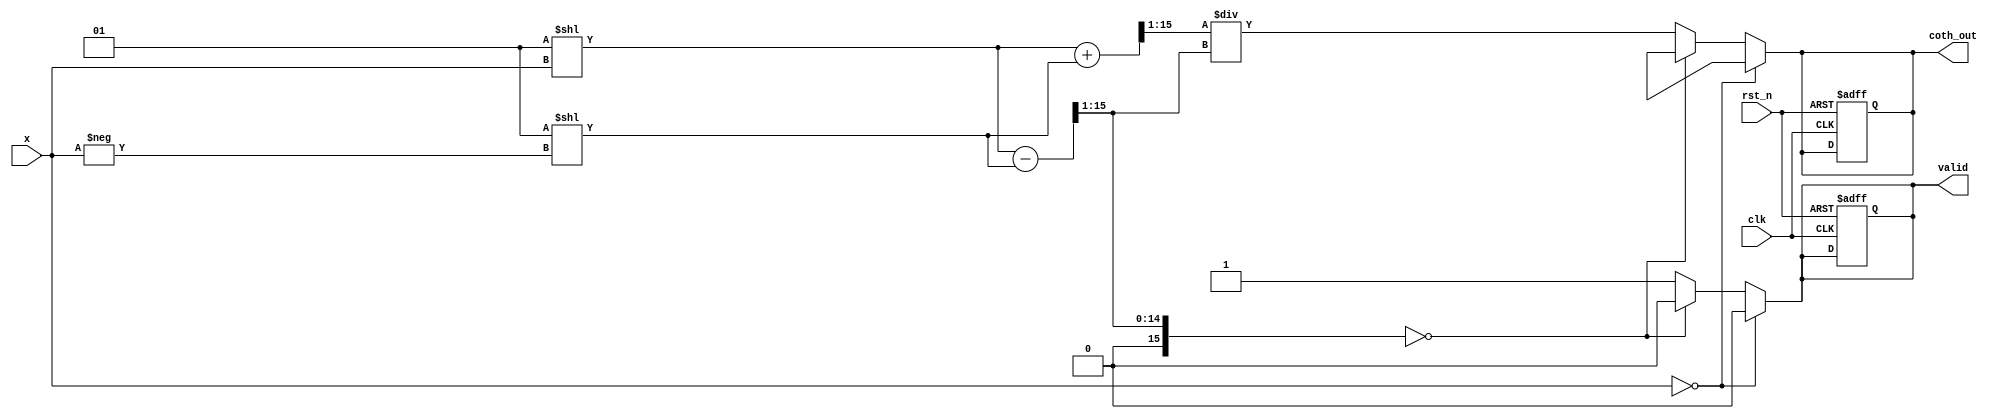
module hyperbolic_cotangent #(
    parameter N = 16, // Input width
    parameter M = 16  // Output width
)(
    input wire clk,
    input wire rst_n,
    input wire [N-1:0] x, // Input value
    output reg [M-1:0] coth_out, // Output value
    output reg valid // Output valid signal
);

    // Internal signals
    wire [N-1:0] exp_x;
    wire [N-1:0] exp_neg_x;
    wire [N-1:0] cosh_x;
    wire [N-1:0] sinh_x;
    wire [N-1:0] coth_temp;
    wire [N-1:0] denom;

    // Exponential calculation (using a simple approximation or LUT)
    // This is a placeholder for the actual implementation
    function [N-1:0] exp_func(input [N-1:0] val);
        // Implement exponential function here (LUT, Taylor series, etc.)
        // For simplicity, returning a dummy value
        exp_func = 1 << val; // Placeholder
    endfunction

    // Calculate e^x and e^(-x)
    assign exp_x = exp_func(x);
    assign exp_neg_x = exp_func(-x);

    // Calculate hyperbolic cosine and sine
    assign cosh_x = (exp_x + exp_neg_x) >> 1; // cosh(x) = (e^x + e^(-x)) / 2
    assign sinh_x = (exp_x - exp_neg_x) >> 1; // sinh(x) = (e^x - e^(-x)) / 2

    // Handle special cases
    always @(*) begin
        if (x == 0) begin
            coth_out = {M{1'bx}}; // Undefined for coth(0)
            valid = 0;
        end else if (sinh_x == 0) begin
            coth_out = {M{1'bx}}; // Undefined for division by zero
            valid = 0;
        end else begin
            denom = sinh_x;
            coth_temp = cosh_x / denom; // Division
            coth_out = coth_temp[M-1:0]; // Output result
            valid = 1;
        end
    end

    // Synchronous reset and clocking
    always @(posedge clk or negedge rst_n) begin
        if (!rst_n) begin
            coth_out <= 0;
            valid <= 0;
        end
    end

endmodule